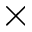
\times